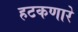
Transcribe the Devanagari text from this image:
हटकणारे